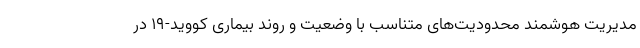
مدیریت هوشمند محدودیت‌های متناسب با وضعیت و روند بیماری کووید-۱۹ در